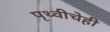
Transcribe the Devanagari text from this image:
पृथ्वीचेही